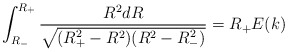
\begin{align*}\int^{R_+}_{R_-}\frac{R^2 dR}{\sqrt{(R^2_+-R^2)(R^2-R_-^2)}}=R_+E(k)\end{align*}